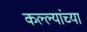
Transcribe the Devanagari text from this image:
कल्ल्यांच्या